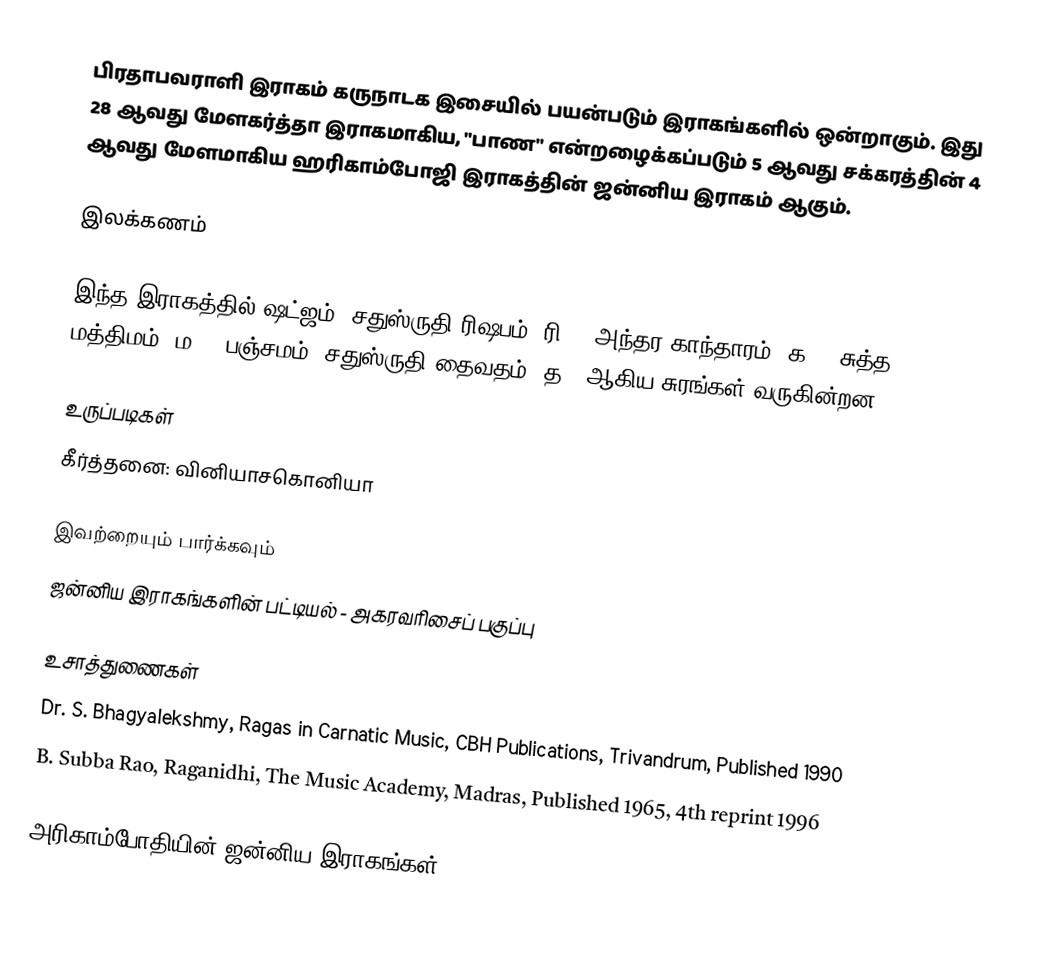
பிரதாபவராளி இராகம் கருநாடக இசையில் பயன்படும் இராகங்களில் ஒன்றாகும். இது 28 ஆவது மேளகர்த்தா இராகமாகிய, "பாண" என்றழைக்கப்படும் 5 ஆவது சக்கரத்தின் 4 ஆவது மேளமாகிய ஹரிகாம்போஜி இராகத்தின் ஜன்னிய இராகம் ஆகும்.

இலக்கணம்

இந்த இராகத்தில் ஷட்ஜம், சதுஸ்ருதி ரிஷபம் (ரி2),  அந்தர காந்தாரம் (க3), சுத்த மத்திமம் (ம1), பஞ்சமம், சதுஸ்ருதி தைவதம் (த2) ஆகிய சுரங்கள் வருகின்றன.

உருப்படிகள்
 கீர்த்தனை: வினியாசகொனியா

இவற்றையும் பார்க்கவும்
 ஜன்னிய இராகங்களின் பட்டியல் - அகரவரிசைப் பகுப்பு

உசாத்துணைகள்
 Dr. S. Bhagyalekshmy, Ragas in Carnatic Music, CBH Publications, Trivandrum, Published 1990
 B. Subba Rao, Raganidhi, The Music Academy, Madras, Published 1965, 4th reprint 1996

அரிகாம்போதியின் ஜன்னிய இராகங்கள்